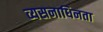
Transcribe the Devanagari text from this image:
व्यसनाधिनता